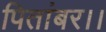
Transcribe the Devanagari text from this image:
पितांबर।।